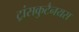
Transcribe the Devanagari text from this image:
ट्रांसकुटैनयस